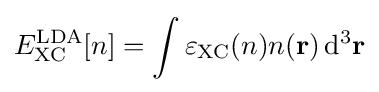
E_{\text{XC}}^{\text{LDA}}[n]=\int \varepsilon _{\text{XC}}(n)n(\mathbf {r} )\,\mathrm {d} ^{3}\mathbf {r}